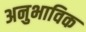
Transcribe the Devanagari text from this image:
अनुभाविक